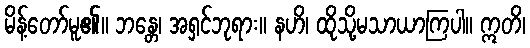
မိန့်တော်မူ၏။ ဘန္တေ၊ အရှင်ဘုရား။ နဟိ၊ ထိုသို့မသာယာကြပါ။ ဣတိ၊